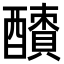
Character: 𨣜